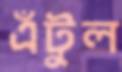
এঁটুল